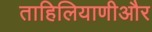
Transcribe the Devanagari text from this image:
ताहिलियाणीऔर